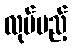
လုပ်မည့်